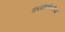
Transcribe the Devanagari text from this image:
कलोप्टीलीया